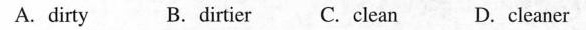
A. dirty B.dirtier C. clean D. cleaner